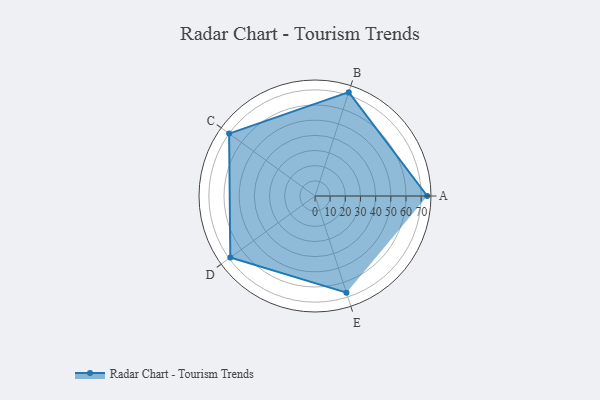
{"axis": {"x": "Skill", "y": "Score"}, "legend": ["Profile"], "data": [{"x": "A", "y": 74.0, "type": "Profile"}, {"x": "B", "y": 72.0, "type": "Profile"}, {"x": "C", "y": 70.0, "type": "Profile"}, {"x": "D", "y": 69.0, "type": "Profile"}, {"x": "E", "y": 67.0, "type": "Profile"}]}